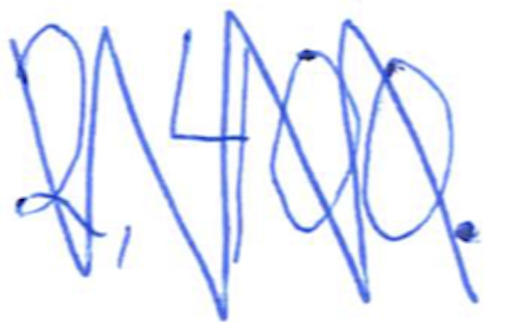
Text: 2,400.
Cross-out: mix
Writing tool: ballpoint